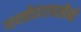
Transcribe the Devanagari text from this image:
गायत्रीछंदापासौनी